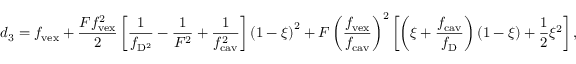
d _ { 3 } = f _ { \mathrm { v e x } } + \frac { F f _ { \mathrm { v e x } } ^ { 2 } } { 2 } \left[ \frac { 1 } { f _ { \mathrm { D } ^ { 2 } } } - \frac { 1 } { F ^ { 2 } } + \frac { 1 } { f _ { \mathrm { c a v } } ^ { 2 } } \right] \left( 1 - \xi \right) ^ { 2 } + F \left( \frac { f _ { \mathrm { v e x } } } { f _ { \mathrm { c a v } } } \right) ^ { 2 } \left[ \left( \xi + \frac { f _ { \mathrm { c a v } } } { f _ { \mathrm { D } } } \right) \left( 1 - \xi \right) + \frac { 1 } { 2 } \xi ^ { 2 } \right] ,